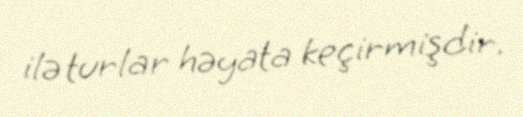
ilə turlar həyata keçirmişdir.